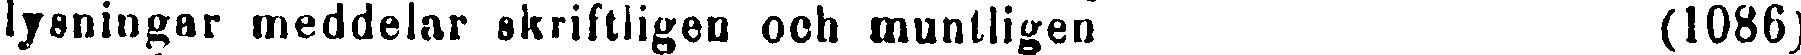
lysningar meddelar skriftligen och muntligen (1086)